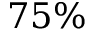
7 5 \%